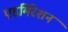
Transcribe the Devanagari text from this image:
एडमिरेशन